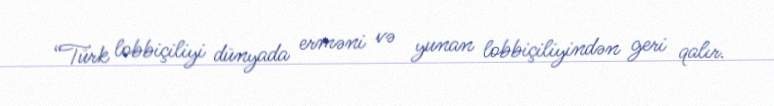
“Türk lobbiçiliyi dünyada erməni və yunan lobbiçiliyindən geri qalır.